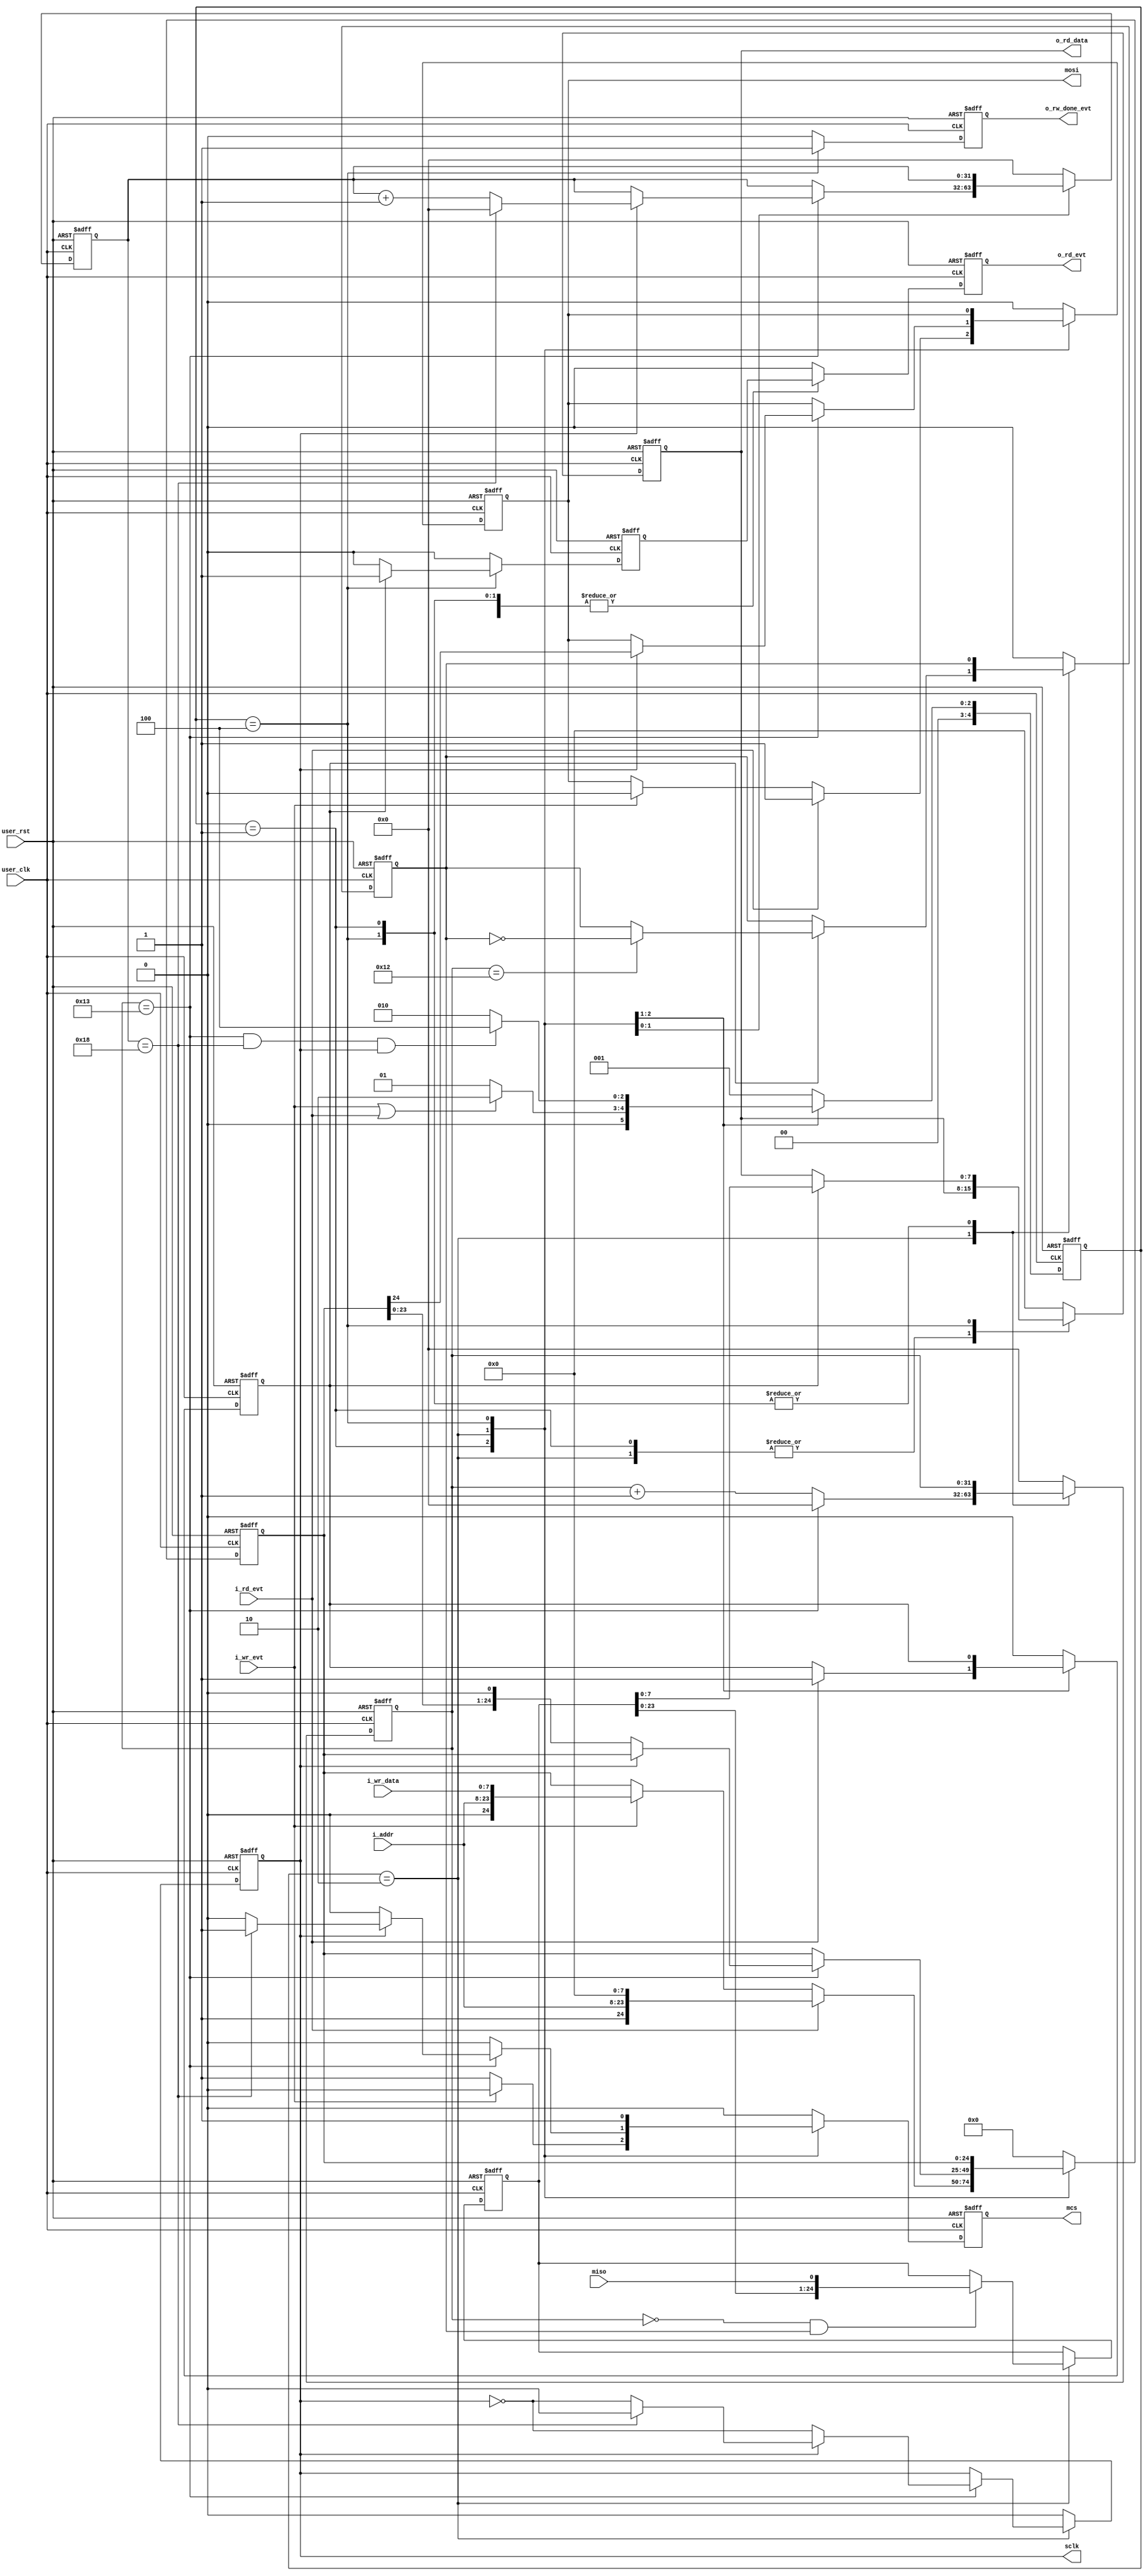
//=========================================================================================
// File_name    : m_spi.v 
// Project_name : project_name
// Function     : MCS_VALID_LEVEL   : 1: high level 0: low level
//                SCK_DIV           : spi sclk rate is user_clk/(2*SCK_DIV)
//                SCK_MODE          : [1]: 0 means the IDLE level of sck is low; 
//                                    [0]: 1 means mosi(miso) switch data at negeage of sck 
//                                         and capture the data at posedge of clk. 
// 
// version      : V2.0
// log          : 2020.07.12 create file v1.0
//                2024.06.23 modify file v2.0
//=========================================================================================
module m_spi # (
    parameter   [31:00]         USER_CLK_RATE    = 32'd100_000_000  , // Default: 100 MHz
    parameter   [31:00]         SPI_CLK_RATE     = 32'd2_500_000    , // Default: 2.5 MHz
    parameter   [00:00]         MCS_VALID_LEVEL  = 0                , //   
    parameter   [01:00]         SCK_MODE         = 2'b01            , //    
    parameter   [15:00]         AWIDTH           = 16               , // 
    parameter   [15:00]         DWIDTH           = 8                  // 
) ( 
    input                       user_clk                            , // user clock 
    input                       user_rst                            , // user reset, Async valid hign 
    input                       i_rd_evt                            , // spi read event
    input                       i_wr_evt                            , // spi write event
    input       [DWIDTH-1:0]    i_wr_data                           , // data payload
    input       [AWIDTH-1:0]    i_addr                              , // address 
    output reg                  o_rd_evt                            , // read data out event(from slave)
    output reg  [DWIDTH-1:0]    o_rd_data                           , // data payload 
    output reg                  o_rw_done_evt                       , // read/write done 
    output reg                  mcs                                 , // 4-line spi 
    output reg                  sclk                                , // 4-line spi 
    output reg                  mosi                                , // 4-line spi 
    input                       miso                                  // 4-line spi 
);

    //==================< Internal Declaration >============================
    localparam  SCK_DIV         = USER_CLK_RATE/SPI_CLK_RATE/2  ;
    localparam  PAYLOAD_WIDTH   = AWIDTH + DWIDTH + 1           ;
    localparam  IDLE            = 3'b001                        ;
    localparam  BUSY            = 3'b010                        ;
    localparam  MASTER_OUT      = 3'b100                        ;

    reg         [04:00]             c_state                     ;
    reg         [04:00]             n_state                     ;
    reg         [PAYLOAD_WIDTH-1:0] tx_payload                  ;
    reg                             rd_en                       ;
    reg         [31:00]             cnt_mbusy                   ;
    reg         [31:00]             cnt_bit                     ;
    reg                             rw_mode                     ; // 1: read 0: write 
    reg                             read_evt                    ;
    reg         [PAYLOAD_WIDTH-1:0] rx_payload                  ;

    //=======================< Debug Logic >================================



    //=======================< Main Logic >=================================
    always@(posedge user_clk or posedge user_rst) begin
        if(user_rst) begin
            c_state <=  IDLE;
        end else begin
            c_state <=  n_state;
        end
    end

    always@(*) begin
        case(c_state)
        IDLE       :
        begin
            if(i_wr_evt || i_rd_evt) begin
                n_state = BUSY;
            end else begin
                n_state = IDLE;
            end
        end
        BUSY        :
        begin
            if( (cnt_mbusy == (SCK_DIV - 1)) && (cnt_bit == (PAYLOAD_WIDTH - 1)) && (sclk == SCK_MODE[0])) begin
                n_state = MASTER_OUT;
            end else begin
                n_state = BUSY;
            end
        end
        MASTER_OUT :
        begin
            n_state = IDLE;
        end
        default:n_state = IDLE;
        endcase
    end


    always@(posedge user_clk or posedge user_rst) begin
        if(user_rst) begin
            tx_payload    <= 'h0;
            rd_en         <= 'd0;
            cnt_mbusy     <= 'h0;
            cnt_bit       <= 'h0;
            rw_mode       <= 'b0;
            read_evt      <= 'b0;
            rx_payload    <= 'h0;
            o_rd_evt      <= 'b0;
            o_rd_data     <= 'h0;
            o_rw_done_evt <= 'b0;
            mcs           <= 'b0;
            sclk          <= 'b0;
            mosi          <= 'b0;
        end else begin
            read_evt      <= 0;
            o_rd_evt      <= read_evt;
            o_rw_done_evt <= 0;
            case(c_state)
            IDLE        : 
            begin
                mcs     <= ~MCS_VALID_LEVEL;
                sclk    <=  SCK_MODE[1];
                cnt_bit <= 0;
                if(i_wr_evt) begin
                    tx_payload <= {1'b0,i_addr,i_wr_data};
                    mosi       <= 1'b0; // first bit 
                    if(MCS_VALID_LEVEL) begin
                        mcs <= 1;
                    end else begin
                        mcs <= 0; 
                    end
                    if(SCK_MODE[0]) begin // posedge capture 
                        sclk <= 0;
                    end else begin // negedge capture
                        sclk <= 1; 
                    end
                end
                if(i_rd_evt) begin
                    rw_mode    <= 1;
                    tx_payload <= {1'b1,i_addr,{DWIDTH{1'b0}}};
                    mosi       <= 1'b1; // first bit 
                    // mcs         <= MCS_VALID_LEVEL;
                    if(SCK_MODE[0]) begin
                        sclk <= 0;
                    end else begin
                        sclk <= 1;
                    end
                end
                
            end
            BUSY : 
            begin
                mcs <= MCS_VALID_LEVEL; 
                if(cnt_mbusy == (SCK_DIV - 1)) begin
                    cnt_mbusy <= 'h0;
                end else begin
                    cnt_mbusy <= cnt_mbusy + 1; 
                end

                if (cnt_mbusy == (SCK_DIV - 1)) begin
                    sclk <=  ~sclk;
                    if(sclk == SCK_MODE[0]) begin
                        if(cnt_bit == (PAYLOAD_WIDTH - 1)) begin
                            cnt_bit <=  0;
                            mcs     <= ~MCS_VALID_LEVEL;
                            sclk    <=  SCK_MODE[1];
                        end else begin
                            cnt_bit <=  cnt_bit + 1; 
                        end
                    end

                    if(sclk == SCK_MODE[0]) begin 
                        mosi       <= tx_payload[PAYLOAD_WIDTH-1]; 
                    end else begin
                        tx_payload <= {tx_payload[PAYLOAD_WIDTH-2:0],1'b0};
                    end
                end
                
                // read logic 
                if (rw_mode) begin
                    if (cnt_mbusy == (SCK_DIV - 2)) begin
                        rd_en   <=  ~rd_en;
                    end
                end
                if(cnt_mbusy == 0 && rd_en) begin 
                    rx_payload <= {rx_payload[PAYLOAD_WIDTH-2:0],miso}; 
                end
            end
            MASTER_OUT  : 
            begin
                mcs     <= ~MCS_VALID_LEVEL;
                sclk    <=  SCK_MODE[1];
                rw_mode <=  0;
                o_rw_done_evt <= 1;
                if(rw_mode) begin
                    read_evt  <= 1;
                    o_rd_data <= rx_payload[DWIDTH-1:0];
                end
            end
            default:
            begin
                tx_payload <= 'h0;
                rd_en      <= 'd0;
                cnt_mbusy  <= 'h0;
                cnt_bit    <= 'h0;
                rw_mode    <= 'b0;
                read_evt   <= 'b0;
                o_rd_evt   <= 'b0;
                o_rd_data  <= 'h0;
                mcs        <= 'b0;
                sclk       <= 'b0;
                mosi       <= 'b0;
            end
            endcase 
        end
    end 

endmodule